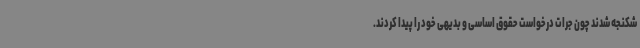
شکنجه شدند چون جرات درخواست حقوق اساسی و بدیهی خود را پیدا کردند.